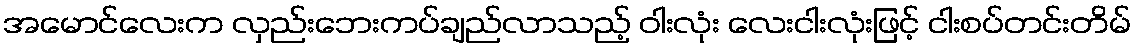
အမောင်လေးက လှည်းဘေးကပ်ချည်လာသည့် ဝါးလုံး လေးငါးလုံးဖြင့် ငါးစပ်တင်းတိမ်